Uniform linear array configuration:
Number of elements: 24
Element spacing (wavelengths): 0.25
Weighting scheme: exponential
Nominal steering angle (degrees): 30
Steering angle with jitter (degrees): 31.137
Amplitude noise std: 0.05
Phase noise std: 0.05

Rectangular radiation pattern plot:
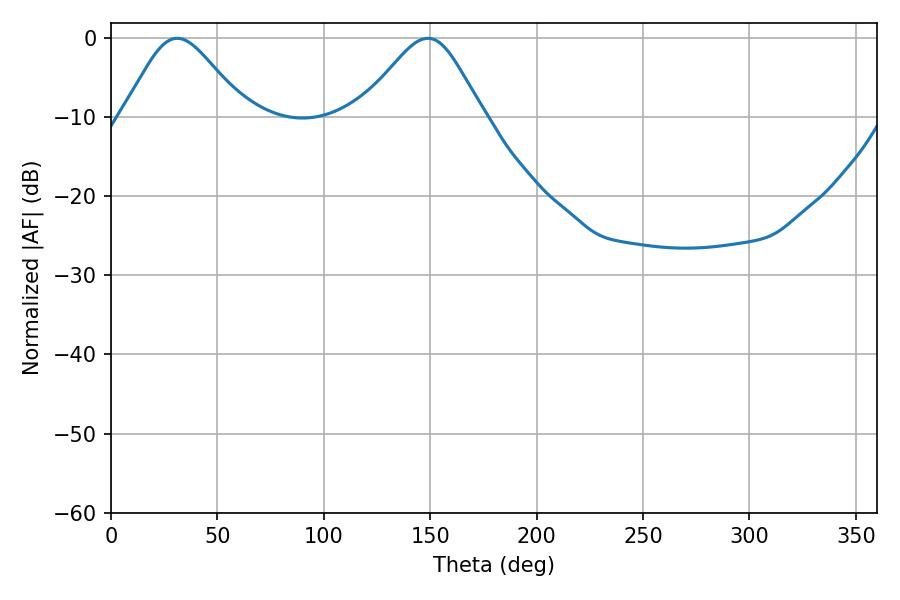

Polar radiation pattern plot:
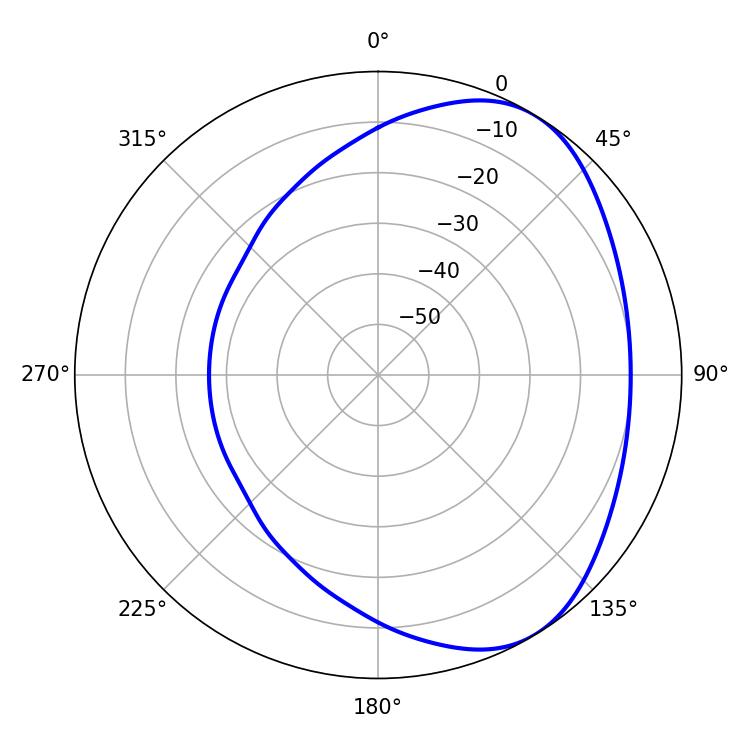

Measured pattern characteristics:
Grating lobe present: FALSE
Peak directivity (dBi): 4.647
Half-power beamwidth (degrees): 28.08
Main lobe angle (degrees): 31.14